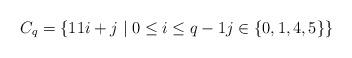
LaTeX: \begin{align*}C_q = \{ 11i+j \mid 0 \leq i \leq q-1 j \in \{0,1,4,5\} \} \end{align*}